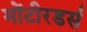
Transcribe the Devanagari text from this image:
मोंटीरडर्स